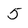
Character: 5